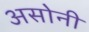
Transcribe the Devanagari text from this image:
असोनी